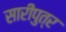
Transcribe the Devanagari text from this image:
सारीपुत्र